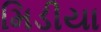
મિડીયા